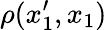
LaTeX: \rho(x_{1}^{\prime},x_{1})